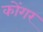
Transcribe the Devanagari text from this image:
कोंगर